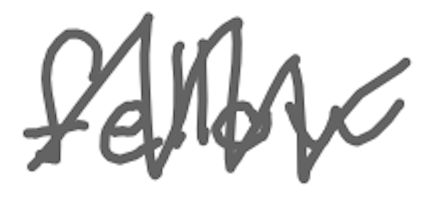
Text: fellow
Cross-out: zig-zag
Writing tool: digital_gray